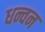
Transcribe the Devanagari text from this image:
धन्वन